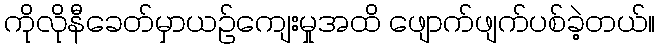
ကိုလိုနီခေတ်မှာယဉ်ကျေးမှုအထိ ဖျောက်ဖျက်ပစ်ခဲ့တယ်။